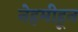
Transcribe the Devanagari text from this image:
नेहमीहून